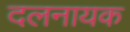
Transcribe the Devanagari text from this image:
दलनायक